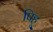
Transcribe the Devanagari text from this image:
पिहू